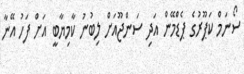
ސޯނަމް ކަޕޫރުގެ ޕެޑްމޭން އަދި ސަންޖޫއަށް ލިބުނު ކާމިޔާބީ އަށް ފަހު އޭނާ